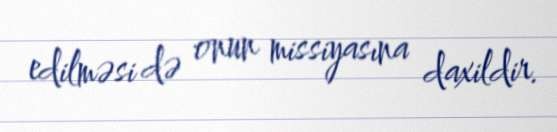
edilməsi də onun missiyasına daxildir.